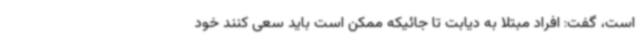
است، گفت: افراد مبتلا به دیابت تا جائیکه ممکن است باید سعی کنند خود